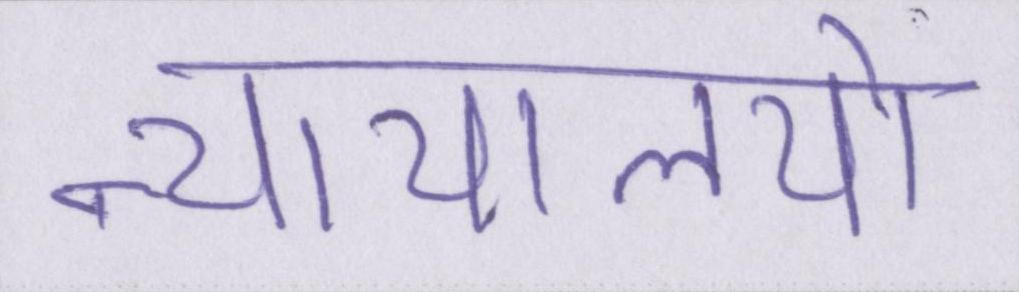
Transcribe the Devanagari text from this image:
न्यायालयो